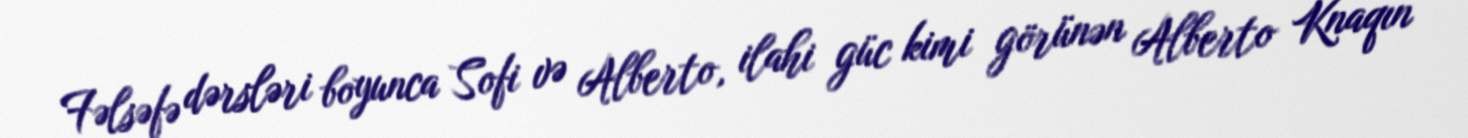
Fəlsəfə dərsləri boyunca Sofi və Alberto, ilahi güc kimi görünən Alberto Knaqın